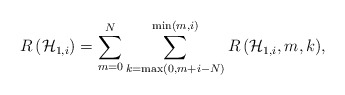
\begin{align*}R\left( { \mathcal{H} }_{ 1,i } \right) = \sum _{ m = 0 }^{ N }{ \sum _{ k = \max(0, m+i -N )}^{ \min\left( m,i \right) }{ R\left( { \mathcal{H} }_{ 1,i },m,k \right) } },\end{align*}